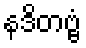
နဒိတဗ္ဗံ